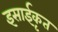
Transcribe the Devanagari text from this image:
इसाईकृत